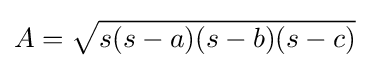
A={\sqrt {s(s-a)(s-b)(s-c)}}